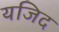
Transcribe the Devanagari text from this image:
यजिद